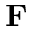
\textbf { F }